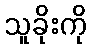
သူခိုးကို